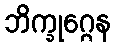
ဘိက္ခုဂ္ဂေန